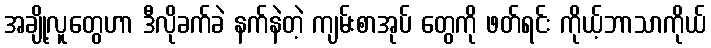
အချို့လူတွေဟာ ဒီလိုခက်ခဲ နက်နဲတဲ့ ကျမ်းစာအုပ် တွေကို ဖတ်ရင်း ကိုယ့်ဘာသာကိုယ်